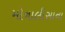
મોનાલીસાના